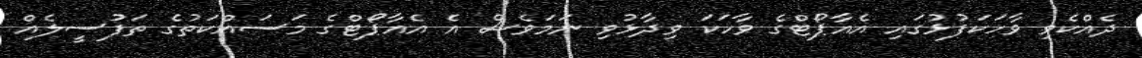
ދެއްކެވި ވާހަކަފުޅުގައި އެއާޕޯޓްގެ ވާހަކަ ވިދާޅުވި ނަމަވެސް އެ އެއާޕޯޓްގެ މަސައްކަތުގެ ތަފުސީލެއް